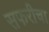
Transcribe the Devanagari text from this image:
सफरीचा